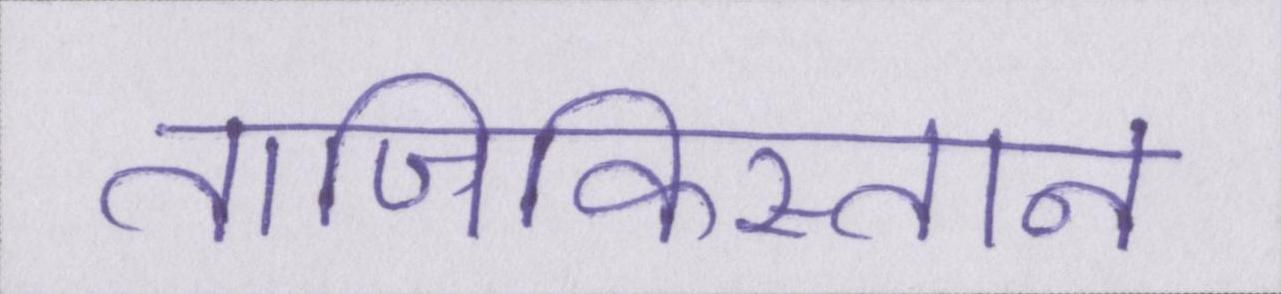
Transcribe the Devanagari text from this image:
ताजिकिस्तान